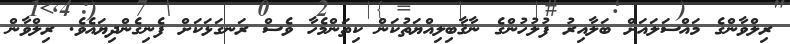
ރިލްވާންގެ މައްސަލައަށް ބަލާއިރު ފުލުހުންގެ ނާޤާބިލިއްޔަތުކަން ކިތަންމެހާ ވެސް ރަނގަޅަކަށް ފެނިގެންދިޔައެވެ. ރިލްވާން